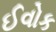
ઈવોક